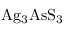
\mathrm { A g _ { 3 } A s S _ { 3 } }